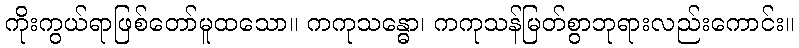
ကိုးကွယ်ရာဖြစ်တော်မူထသော။ ကကုသန္ဓော၊ ကကုသန်မြတ်စွာဘုရားလည်းကောင်း။